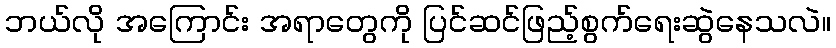
ဘယ်လို အကြောင်း အရာတွေကို ပြင်ဆင်ဖြည့်စွက်ရေးဆွဲနေသလဲ။